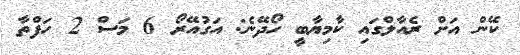
ކޭން އަށް ރެއާލްގައި ކާމިޔާބީ ހޯދޭނެ: އަގުއޭރޯ 6 މަސް 2 ހަފްތާ